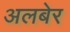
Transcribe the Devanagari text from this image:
अलबेर